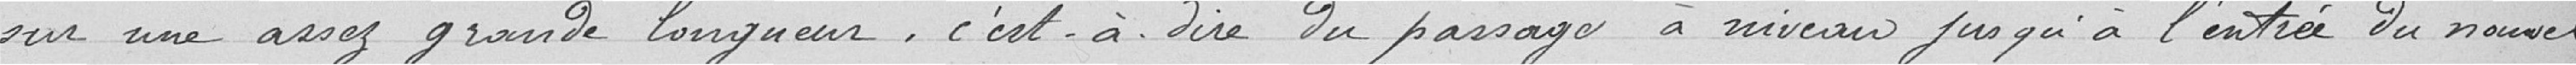
sur une assez grande longueur. C'est-à-dire, du passage à niveau jusqu'à l'entrée du nouvel